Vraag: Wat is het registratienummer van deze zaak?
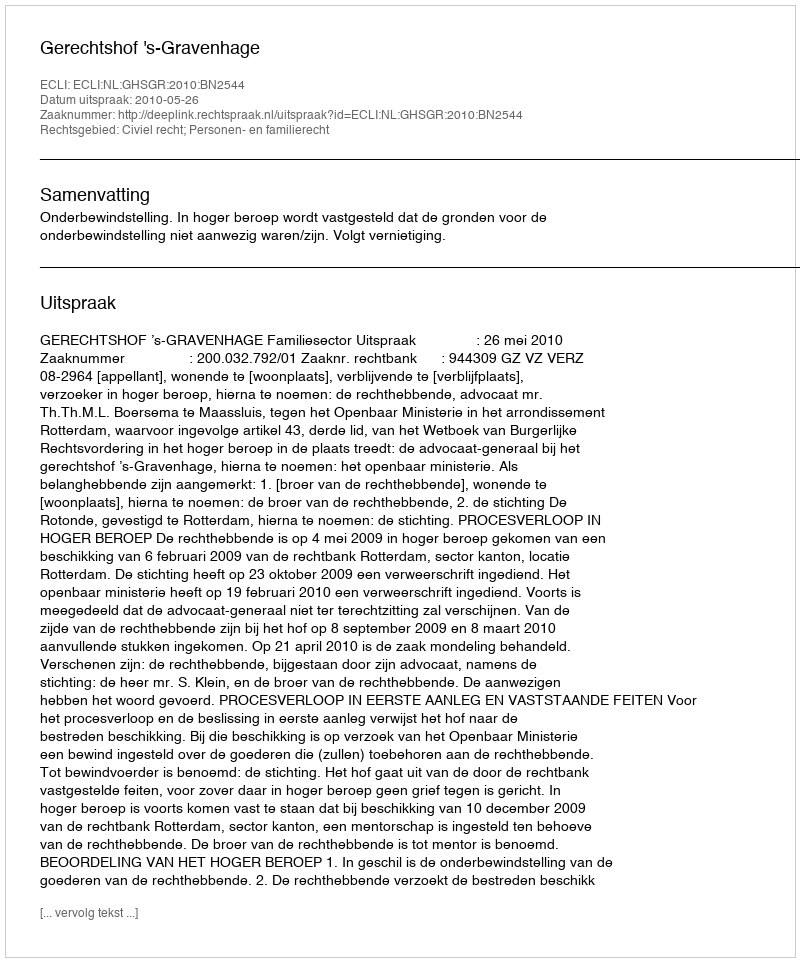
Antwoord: http://deeplink.rechtspraak.nl/uitspraak?id=ECLI:NL:GHSGR:2010:BN2544